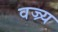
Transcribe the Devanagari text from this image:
वज्र्य